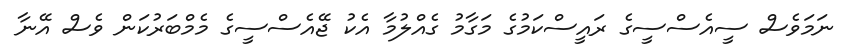
ނަމަވެސް ސީއެސްސީގެ ރައީސްކަމުގެ މަގާމު ގެއްލުމާ އެކު ޖޭއެސްސީގެ މެމްބަރުކަން ވެސް އޭނާ